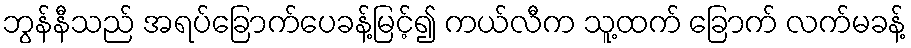
ဘွန်နီသည် အရပ်ခြောက်ပေခန့်မြင့်၍ ကယ်လီက သူ့ထက် ခြောက် လက်မခန့်